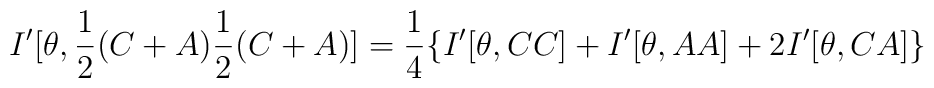
I'[\theta ,\frac{1}{2}(C+A)\frac{1}{2}(C+A)]=\frac{1}{4}\{I'[\theta ,CC]+I'[\theta ,AA]+2I'[\theta ,CA]\}